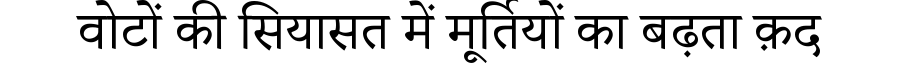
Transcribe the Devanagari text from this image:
वोटों की सियासत में मूर्तियों का बढ़ता क़द